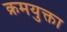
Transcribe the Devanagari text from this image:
क्रमयुक्ता